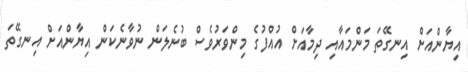
އިޔާންއަށް އިނގޭތަ މަންމައާއި ދިމާއަށް އުއްފުގެ މިންވަރުވެސް ބުނެލަން ނުވާނެކަން އިޔާންއަށް އިނގޭތަ